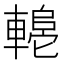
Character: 𬧼